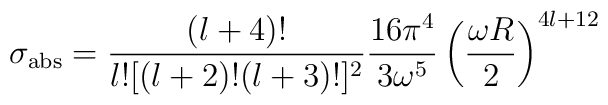
\sigma_{\rm abs}=\frac{(l+4)!}{l![(l+2)!(l+3)!]^2}\frac{16\pi^4}{3\omega^5}  \left(\frac{\omega R}{2}\right)^{4l+12}